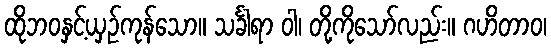
ထိုဘဝနှင့်ယှဉ်ကုန်သော။ သင်္ခါရာ ဝါ၊ တို့ကိုသော်လည်း။ ဂဟိတာဝ၊